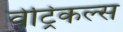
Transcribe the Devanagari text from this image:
वेट्रिकल्स